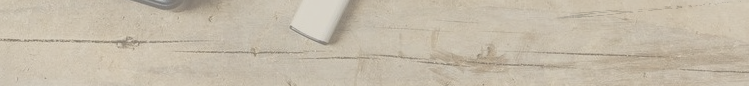
مسجد الرحمة مكان للعبادة